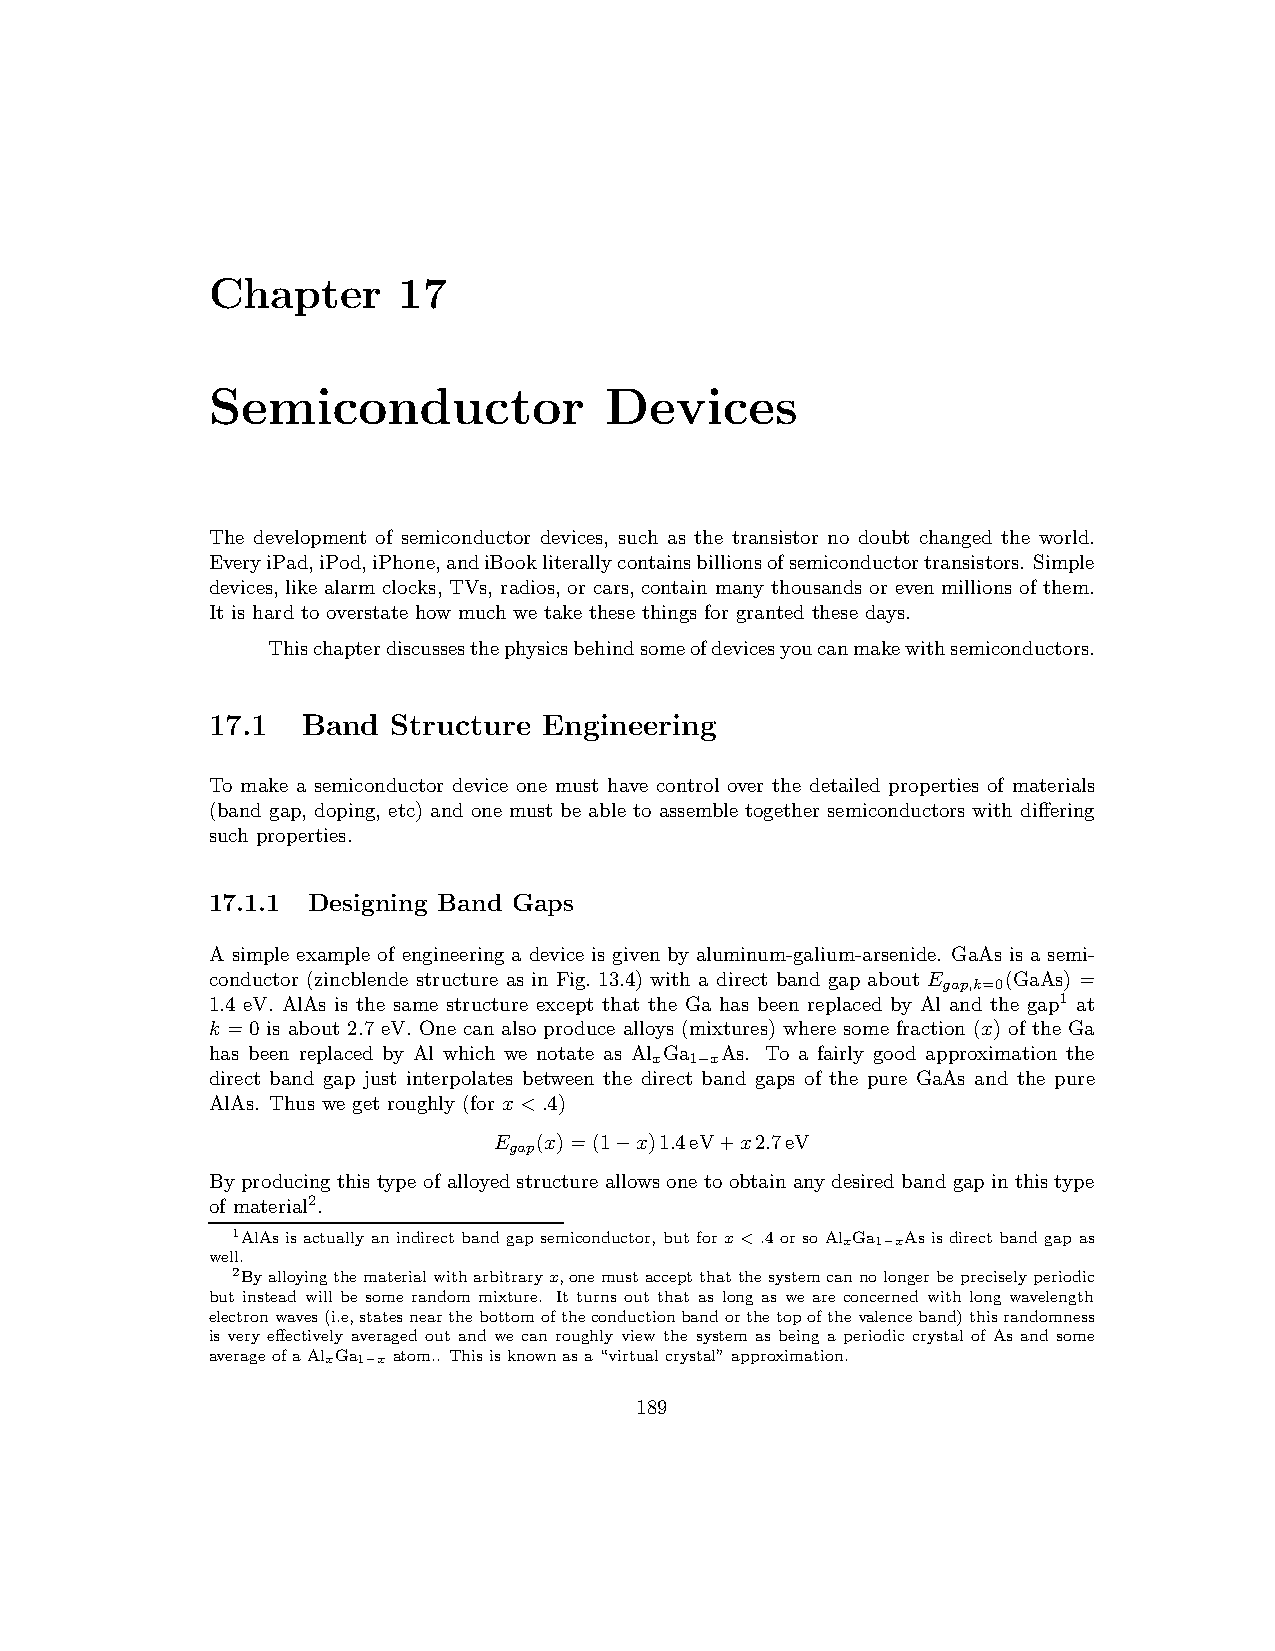
Chapter     17
 Semiconductor             Devices
 The development of semiconductor devices, such as the transistor no doubt changed the world.
 EveryiPad,iPod,iPhone,andiBookliterallycontainsbillionsofsemiconductortransistors. Simple
 devices, like alarm clocks, TVs, radios, or cars, contain many thousands or even millions of them.
 It is hard to overstate how much we take these things for granted these days.
 Thischapterdiscussesthephysicsbehindsomeofdevicesyoucanmakewithsemiconductors.
 17.1  Band  Structure Engineering
 To make a semiconductor device one must have control over the detailed properties of materials
 (band gap, doping, etc) and one must be able to assemble together semiconductors with differing
 such properties.
 17.1.1 Designing Band Gaps
 A simple example of engineering a device is given by aluminum-galium-arsenide. GaAs is a semi-
 conductor (zincblende structure as in Fig. 13.4) with a direct band gap about E (GaAs) =
 gap,k=0
 1.4 eV. AlAs is the same structure except that the Ga has been replaced by Al and the gap1 at
 k = 0 is about 2.7 eV. One can also produce alloys (mixtures) where some fraction (x) of the Ga
 has been replaced by Al which we notate as Al Ga As. To a fairly good approximation the
 x  1−x
 direct band gap just interpolates between the direct band gaps of the pure GaAs and the pure
 AlAs. Thus we get roughly (for x<.4)
 E  (x)=(1 x)1.4eV+x2.7eV
 gap
 −
 By producing this type ofalloyedstructure allowsone to obtainany desiredbandgapin this type
 of material2.
 1AlAs is actually an indirect band gap semiconductor, but for x<.4 or so AlxGa1−xAs is direct band gap as
 well.
 2Byalloyingthematerialwitharbitraryx,onemustacceptthatthesystemcannolongerbepreciselyperiodic
 but instead will be some random mixture. It turns out that as long as we are concerned with long wavelength
 electronwaves(i.e,statesnearthebottomoftheconductionbandorthetopofthevalenceband)thisrandomness
 is very effectively averaged out and we can roughly view the system as being a periodic crystal of As and some
 averageofaAlxGa1−x atom.. Thisisknownasa“virtualcrystal”approximation.
 189